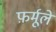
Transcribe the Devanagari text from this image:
फ़र्मूले